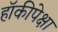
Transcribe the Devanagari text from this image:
हॉकीपेक्षा